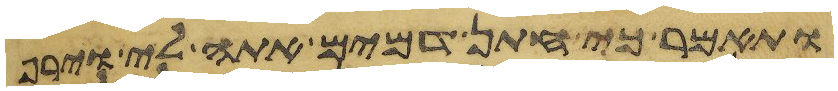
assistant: ותאמר כי חתן דמים אתה לי וירף